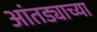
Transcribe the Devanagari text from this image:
आंतड्याच्या